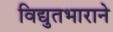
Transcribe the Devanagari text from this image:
विद्युतभाराने